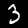
Digit: 3